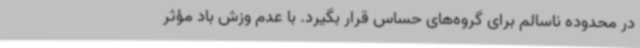
در محدوده ناسالم برای گروه‌های حساس قرار بگیرد. با عدم وزش باد مؤثر